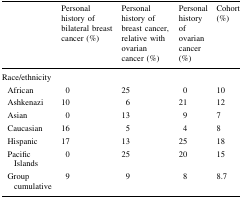
|  | Personal history of bilateral breast cancer (%) | Personal history of breast cancer, relative with ovarian cancer (%) | Personal history of ovarian cancer (%) | Cohort (%) |
 | --- | --- | --- | --- | --- |
 | <COLSPAN=5> Race/ethnicity |
 | African | 0 | 25 | 0 | 10 |
 | Ashkenazi | 10 | 6 | 21 | 12 |
 | Asian | 0 | 13 | 9 | 7 |
 | Caucasian | 16 | 5 | 4 | 8 |
 | Hispanic | 17 | 13 | 25 | 18 |
 | Pacific Islands | 0 | 25 | 20 | 15 |
 | Group cumulative | 9 | 9 | 8 | 8.7 |